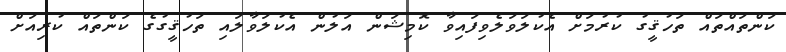
ކަންތައްތައް ތަހުޤީގު ކުރުމަށް އެކުލަވަލެވިފައިވާ ކޮމިޝަން އަލުން އެކުލަވާލައި ތަހުޤީގުގެ ކަންތައް ކުރިއަށް